system: You are a helpful assistant.
user:
Analyze the provided spectrum to determine if it is a **White Dwarf (WD)**.

A White Dwarf spectrum is defined by its **extreme purity** (due to gravitational settling) and/or **extreme pressure broadening** (due to high surface gravity). You must check for one of the following mutually exclusive signatures:

- **Key Visual Indicators (Check for ONE of these types):**

    - **1. DA-Type Signature (Most Common):**
        - **(Primary Feature):** Extreme pressure broadening (Stark broadening) of the **Hydrogen (H) Balmer lines**.
        - **(Key Lines):** $H\beta$ (approx. $4861$ Å) and $H\gamma$ (approx. $4340$ Å). $H\alpha$ (approx. $6563$ Å) will also be present if the wavelength range covers it.
        - **(Line Profile):** This is the **defining feature**. The lines are **NOT** sharp. They appear as massive, **extremely broad and deep "troughs" or "dips"** in the spectrum, often hundreds of Ångströms wide. The continuum will appear to "scoop" down at these wavelengths.
        - **(Distinction):** Normal A-type or B-type stars have *narrow* and *sharp* Hydrogen lines. A DA White Dwarf's lines are unmistakably "smeared" or "blurry" from pressure.

    - **2. DB-Type Signature:**
        - **(Primary Feature):** Broad absorption lines from **Neutral Helium (He I)**. The spectrum must lack any visible Hydrogen lines.
        - **(Key Lines):** Look for broad absorption near $4471$ Å, $4921$ Å, and $5876$ Å.
        - **(Line Profile):** These lines are also significantly pressure-broadened, appearing much wider than they would in a normal B-type main-sequence star.

    - **3. DC-Type Signature:**
        - **(Primary Feature):** A **featureless continuous spectrum**.
        - **(Line Profile):** The spectrum is a smooth curve with **no significant absorption or emission lines**.
        - **(Key Confirmation):** The continuum is almost always **blue or white**, indicating a hot object. This signature implies the atmosphere is so pure (or so cool) that no spectral lines are visible in the optical range. Its WD identity is confirmed by its extremely low intrinsic brightness (high absolute magnitude).

    - **4. DZ-Type Signature (Metal-Polluted):**
        - **(Primary Feature):** **Isolated, narrow metal absorption lines** on an otherwise featureless (DC-like) continuum.
        - **(Key Lines):** The **Calcium (Ca II) H & K doublet** (approx. **$3934$ Å** and **$3968$ Å**) is the most common and defining feature.
        - **(Line Profile):** These lines are "out of place." They are *not* part of a "forest" of thousands of lines. This signature is evidence of recent *accretion* (pollution) from rocky debris.
        - **(Distinction):** Normal G/K/M stars have a *dense forest* of thousands of metal lines. A DZ has a *clean* continuum with *only a few* strong metal lines.

    - **5. DQ-Type Signature (Carbon-Polluted):**
        - **(Primary Feature):** Absorption bands from **Carbon (C₂ "Swan Bands" or atomic C I)**.
        - **(Key Lines - C₂):** Look for bandheads with a "saw-tooth" shape near $5635$ Å, **$5165$ Å** (strongest), and $4737$ Å.
        - **(Key Confirmation):** The underlying **continuum must be blue or white** (hot).
        - **(Distinction):** This is the critical difference from a **Carbon Star**, which has the *exact same* C₂ bands but on an extremely **red, cool** continuum.

- **(Overall Spectrum):**
    - The continuum (overall shape) is typically **blue-sloping** (brighter in the blue than the red), as most white dwarfs are very hot.
    - The spectrum will look "pure" or "simple," dominated by only *one* of the five signatures listed above.

Think first, call **spectral_visualization_tool** if needed to examine features in detail, then provide your final answer. Your response must adhere to the following strict rules:
1.  **Overall Structure:** Your response must follow the format `<think>...</think> <tool_call>...</tool_call> (if a tool is used) <answer>...</answer>`.
2.  **Tool Usage Constraint:** You may only make **one** tool call per turn.
3.  **Final Answer Format:** In the `<answer>` tag, your conclusion must be inside a `\boxed{}` command (e.g., `\boxed{YES}` or `\boxed{NO}`), followed by your justification.

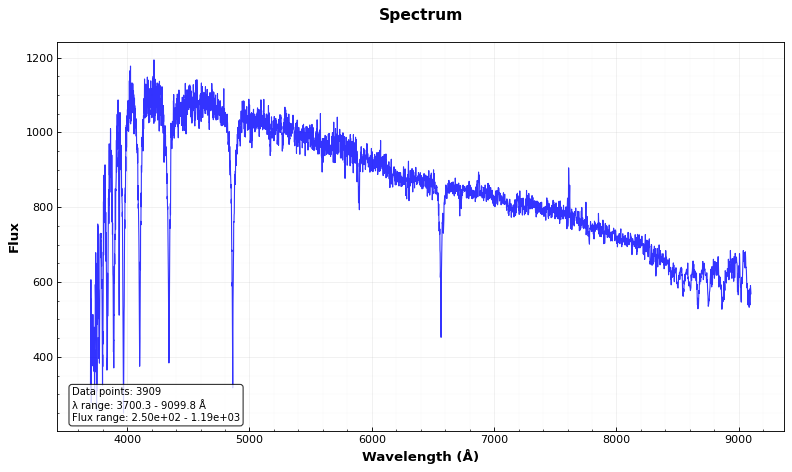
Answer: NO